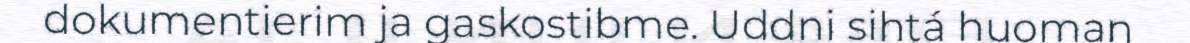
dokumentierim ja gaskostibme. Uddni sihtá huoman